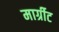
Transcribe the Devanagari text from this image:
मार्ग्रीट